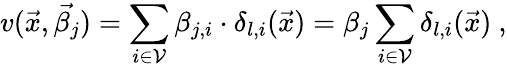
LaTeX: v(\vec{x},\vec{\beta_{j}})=\sum_{i\in\mathcal{V}}\beta_{j,i}\cdot\delta_{l,i}(\vec{x})=\beta_{j}\sum_{i\in\mathcal{V}}\delta_{l,i}(\vec{x})\ ,